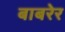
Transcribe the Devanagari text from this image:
बाबरेर